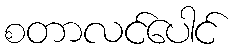
စတာလင်ပေါင်